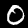
Digit: 0